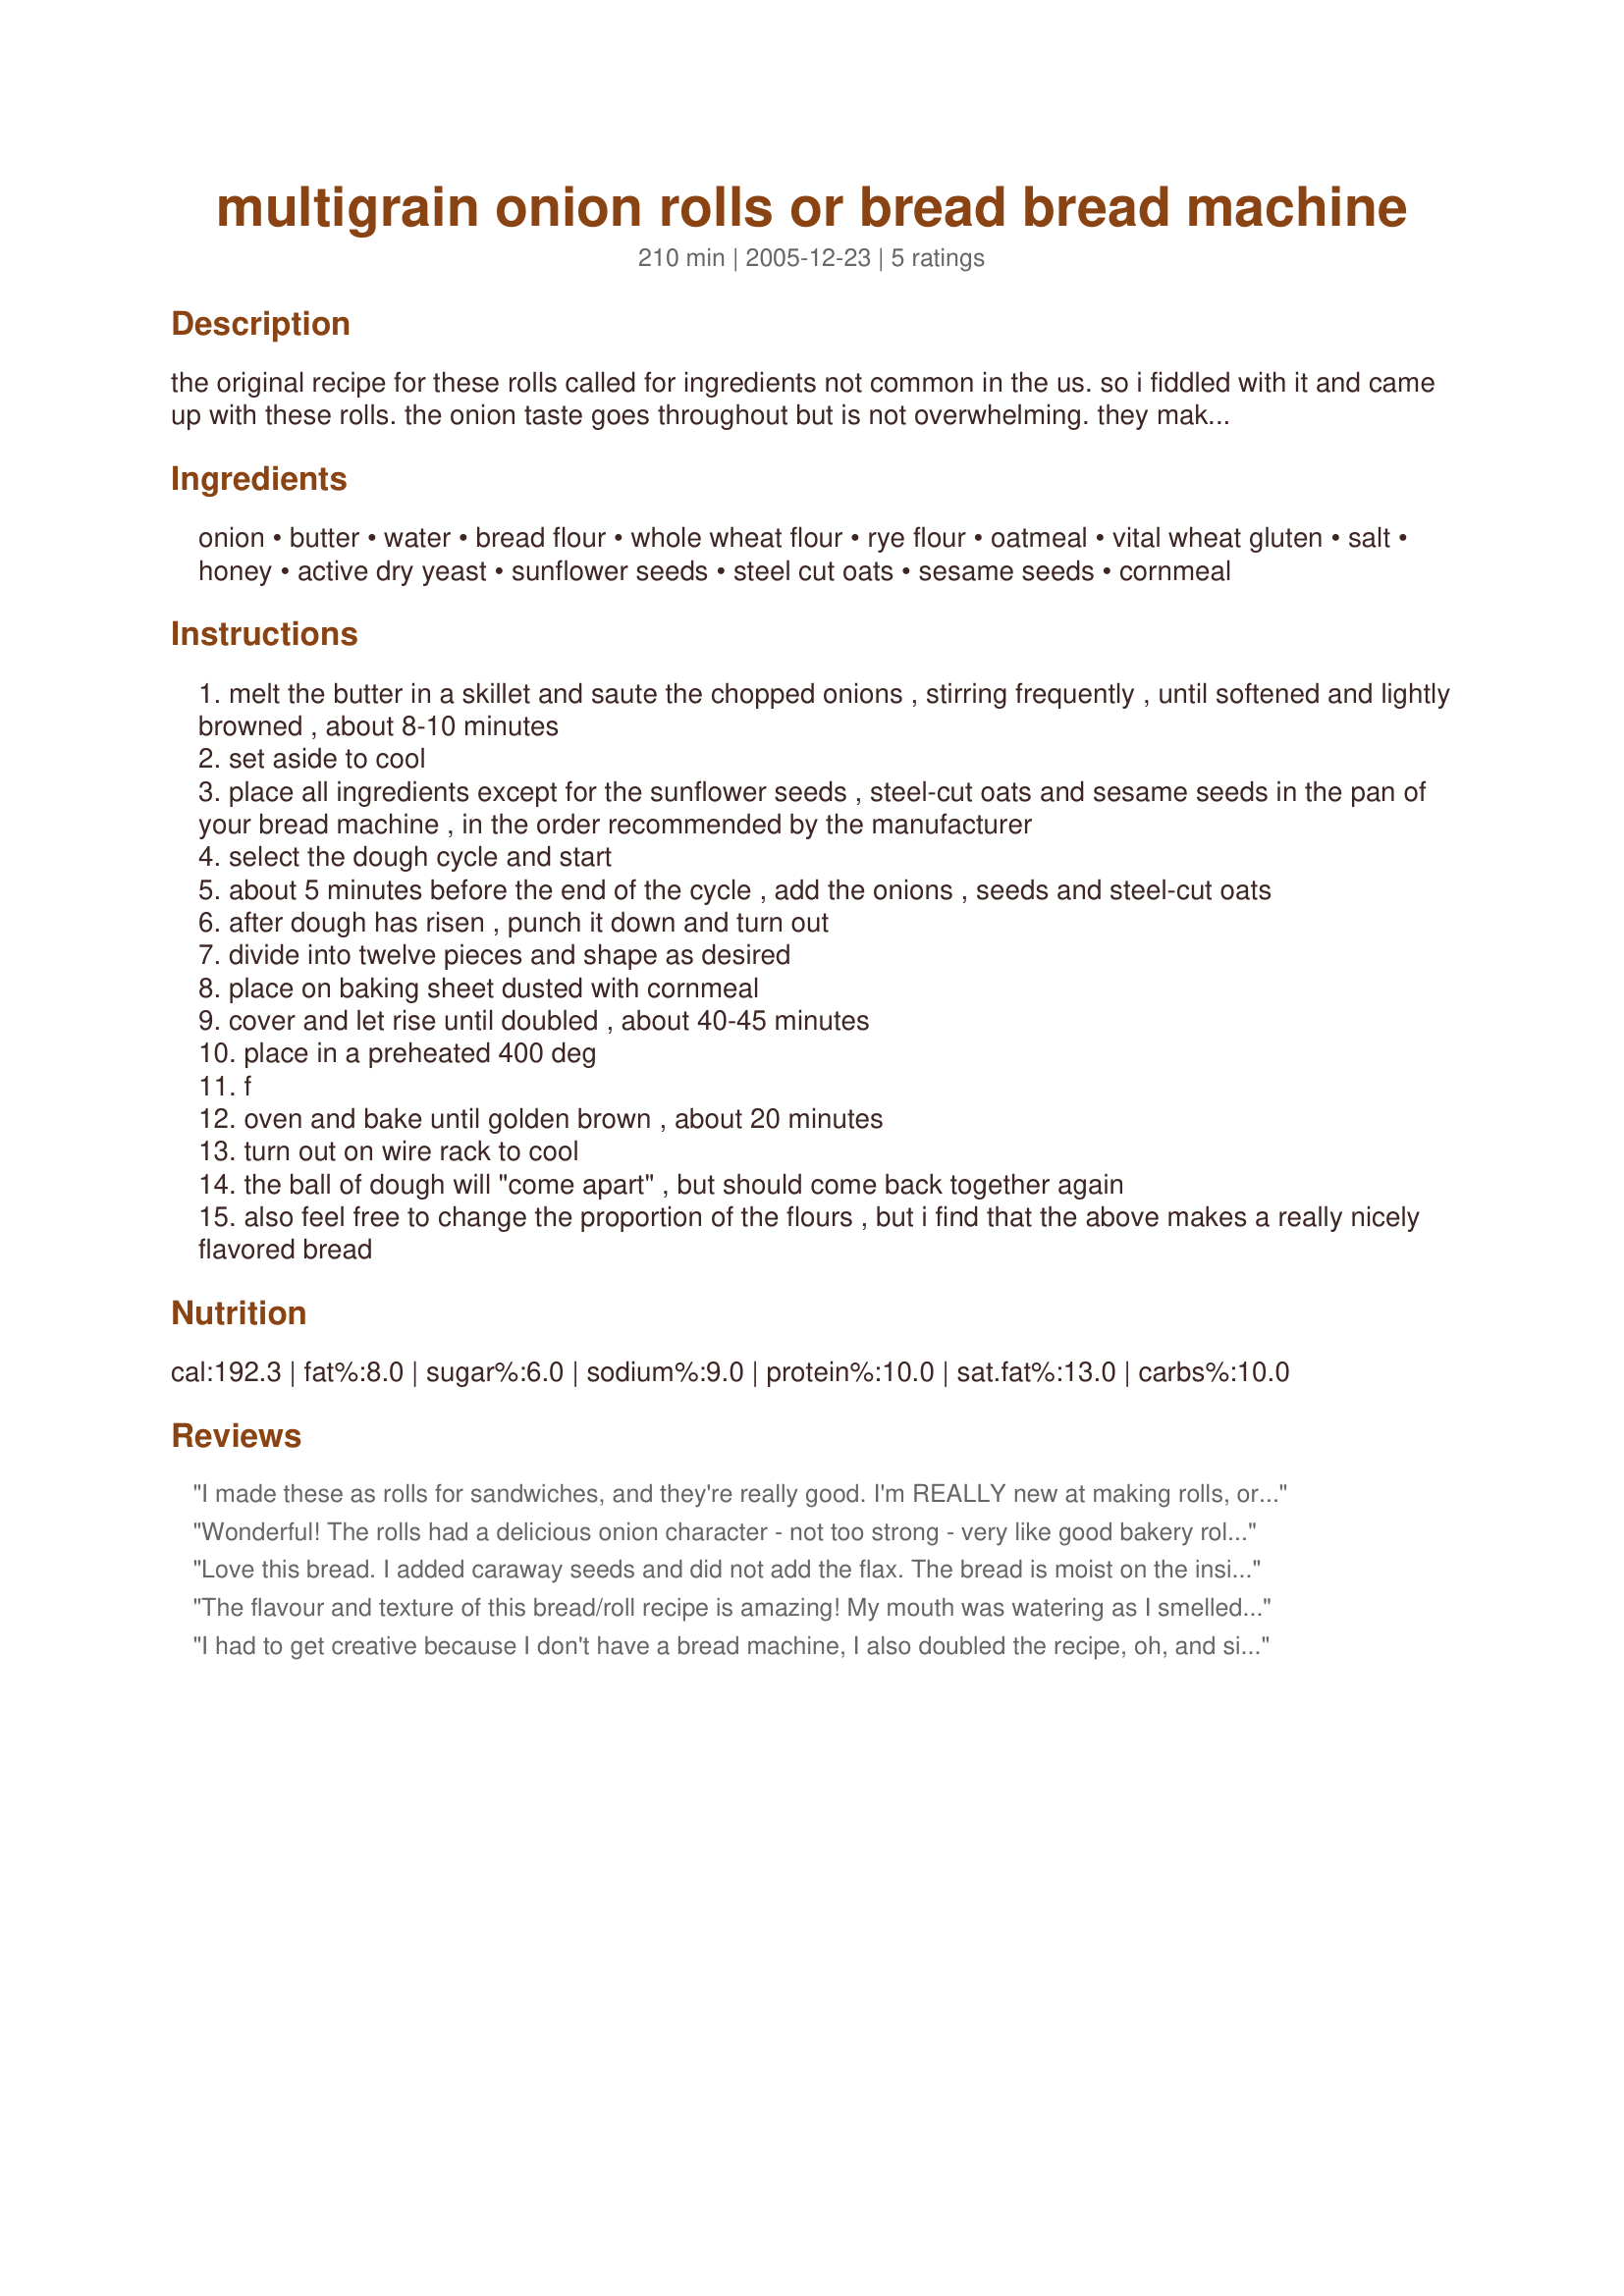
multigrain onion rolls or bread bread machine
Preparation time: 210 minutes

the original recipe for these rolls called for ingredients not common in the us. so i fiddled with it and came up with these rolls. the onion taste goes throughout but is not overwhelming. they make wonderful sandwiches or accompaniment to soup or salad.

Ingredients:
onion, butter, water, bread flour, whole wheat flour, rye flour, oatmeal, vital wheat gluten, salt, honey, active dry yeast, sunflower seeds, steel cut oats, sesame seeds, cornmeal

Steps:
melt the butter in a skillet and saute the chopped onions , stirring frequently , until softened and lightly browned , about 8-10 minutes
set aside to cool
place all ingredients except for the sunflower seeds , steel-cut oats and sesame seeds in the pan of your bread machine , in the order recommended by the manufacturer
select the dough cycle and start
about 5 minutes before the end of the cycle , add the onions , seeds and steel-cut oats
after dough has risen , punch it down and turn out
divide into twelve pieces and shape as desired
place on baking sheet dusted with cornmeal
cover and let rise until doubled , about 40-45 minutes
place in a preheated 400 deg
f
oven and bake until golden brown , about 20 minutes
turn out on wire rack to cool
the ball of dough will "come apart" , but should come back together again
also feel free to change the proportion of the flours , but i find that the above makes a really nicely flavored bread

Reviews:
I made these as rolls for sandwiches, and they're really good. I'm REALLY new at making rolls, or anything involving working with dough. I made these as the recipe calls for with the onions and butter, but had a hard time with the dough, and my machine really doesn't do "mix ins" well at all. They were still very tasty, so the second time I made it I substituted 2 T each of dry minced onions and butter, and mixed everything in the machine's dough cycle. I also sub'd brown sugar for the honey, and the only seeds I had were sunflower, so I used about 2T of those. So this last time, my only problem was dividing and shaping the rolls. At least I got 12 this time, but they were pretty poorly shaped, and it turns out, too small for my purposes. I'll just try for 8 next time. I'm determined to get good at making rolls, and I love this recipe. Thanks, duonyte!
Wonderful! The rolls had a delicious onion character - not too strong - very like good bakery rolls. They rose nicely, resulting in a very good texture for rolls made with whole wheat & rye flour. They made wonderful sandwiches with both ham and pastrami.
We cut the recipe down to one-fourth to make 3 sandwich rolls and used our smaller bread machine. This worked quite well.
Thanks for posting!
~Sue
Love this bread. I added caraway seeds and did not add the flax. The bread is moist on the inside with a nice chewy crust, not too sweet. Going to add the sauteed onions next time to make the onion bread. This is a keeper.
The flavour and texture of this bread/roll recipe is amazing! My mouth was watering as I smelled them baking and even when taking the picture the next morning. Next time I make them, I'll need to be very dilligent in checking the texture/consistency of the dough five minutes after the machine starts mixing it; if it's soft, I'll add some flour, as adding the onions & butter later does increase the moisture of the dough. I might try making them the old fashioned way, too, as I think I'd have better control over the consistency of the dough. In any case, I did knead in a bit of flour when shaping the rolls, which did the trick! Thanks for the recipe, duonte! Made for PRMR Tag.
I had to get creative because I don't have a bread machine, I also doubled the recipe, oh, and since I doubled the recipe I used 1 onion and 2 shallots. So I dissolved the yeast in the warm water and honey. Then added all dry ingredients minus 1 cup of bread flour and the seeds and onion and butter (as per instructions) I didn't have steel cut oats, so I just skipped that. Then I added in the water mixture, mixed it all. Finally I added the onions and butter, and seeds, mixed that, adding in the reserved flour until I got the right consistancy. I kneaded (sp?) the dough for 7 or so minutes. Let it rise in a greased bowl, one hour. Punched down the dough divided it in half rolled out each half, rolled it up into loaves put it in greased loaf pans, let rise again 40 minutes. then baked 350 for 35-40 min. Man! This smells amazing while it was cooking and it rose so beautifully! Very yummy! I'm going to add this to the list of breads I circulate making weekly!
